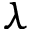
\lambda